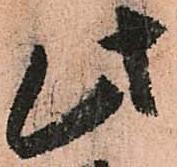
此